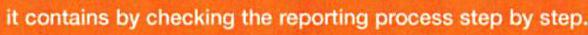
it contains by checking the reporting process step by step.